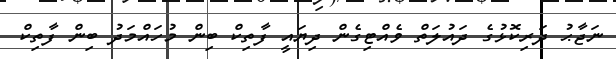
ނަޖާޙު ދަރިކޮޅުގެ ދައުލަތް ވެއްޓިގެން ދިޔައީ ފާތިކް ބިން މުހައްމަދު ބިން ފާތިކް